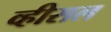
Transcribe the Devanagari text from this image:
व्हीसल